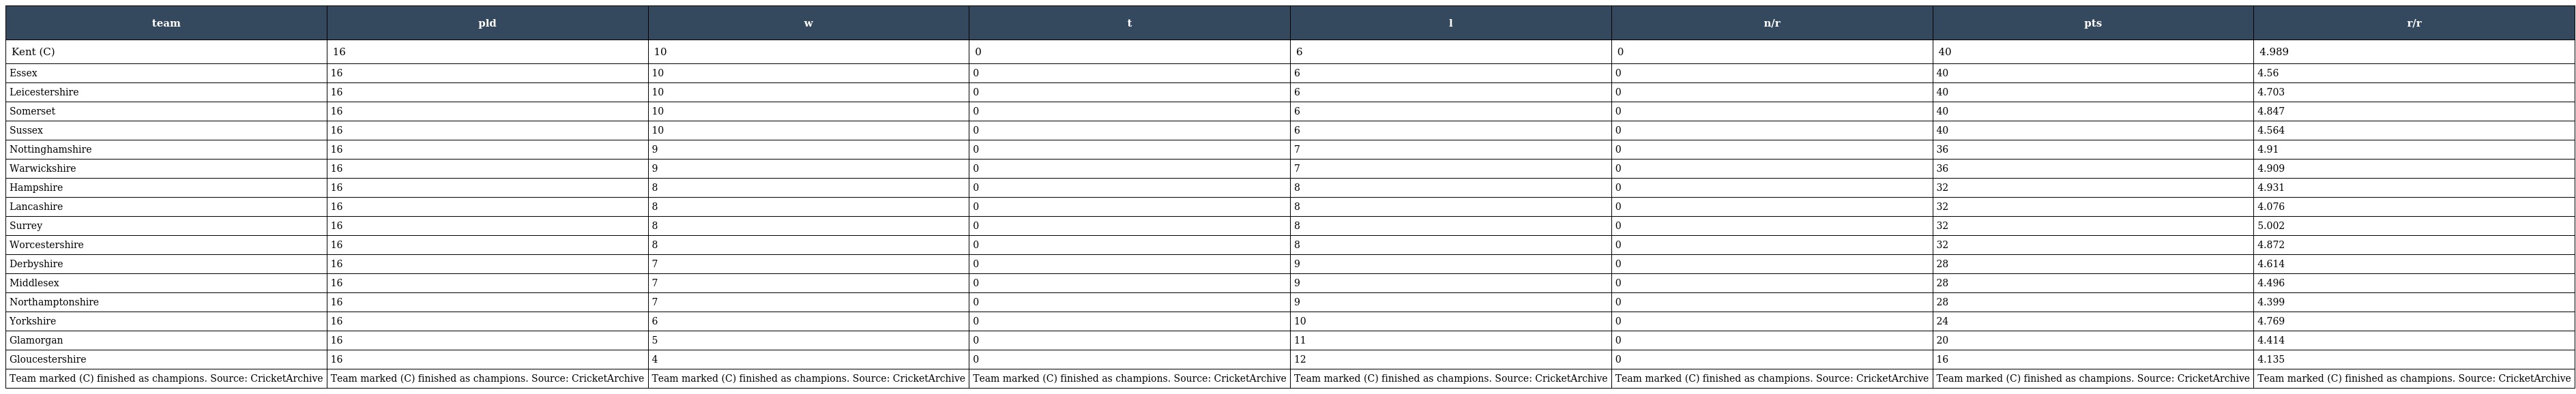
| team | pld | w | t | l | n/r | pts | r/r |
 | --- | --- | --- | --- | --- | --- | --- | --- |
 | Kent (C) | 16 | 10 | 0 | 6 | 0 | 40 | 4.989 |
 | Essex | 16 | 10 | 0 | 6 | 0 | 40 | 4.56 |
 | Leicestershire | 16 | 10 | 0 | 6 | 0 | 40 | 4.703 |
 | Somerset | 16 | 10 | 0 | 6 | 0 | 40 | 4.847 |
 | Sussex | 16 | 10 | 0 | 6 | 0 | 40 | 4.564 |
 | Nottinghamshire | 16 | 9 | 0 | 7 | 0 | 36 | 4.91 |
 | Warwickshire | 16 | 9 | 0 | 7 | 0 | 36 | 4.909 |
 | Hampshire | 16 | 8 | 0 | 8 | 0 | 32 | 4.931 |
 | Lancashire | 16 | 8 | 0 | 8 | 0 | 32 | 4.076 |
 | Surrey | 16 | 8 | 0 | 8 | 0 | 32 | 5.002 |
 | Worcestershire | 16 | 8 | 0 | 8 | 0 | 32 | 4.872 |
 | Derbyshire | 16 | 7 | 0 | 9 | 0 | 28 | 4.614 |
 | Middlesex | 16 | 7 | 0 | 9 | 0 | 28 | 4.496 |
 | Northamptonshire | 16 | 7 | 0 | 9 | 0 | 28 | 4.399 |
 | Yorkshire | 16 | 6 | 0 | 10 | 0 | 24 | 4.769 |
 | Glamorgan | 16 | 5 | 0 | 11 | 0 | 20 | 4.414 |
 | Gloucestershire | 16 | 4 | 0 | 12 | 0 | 16 | 4.135 |
 | Team marked (C) finished as champions. Source: CricketArchive | Team marked (C) finished as champions. Source: CricketArchive | Team marked (C) finished as champions. Source: CricketArchive | Team marked (C) finished as champions. Source: CricketArchive | Team marked (C) finished as champions. Source: CricketArchive | Team marked (C) finished as champions. Source: CricketArchive | Team marked (C) finished as champions. Source: CricketArchive | Team marked (C) finished as champions. Source: CricketArchive |